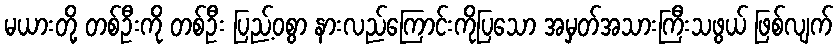
မယားတို့ တစ်ဦးကို တစ်ဦး ပြည့်ဝစွာ နားလည်ကြောင်းကိုပြသော အမှတ်အသားကြီးသဖွယ် ဖြစ်လျက်